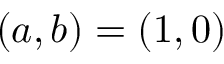
( a , b ) = ( 1 , 0 )